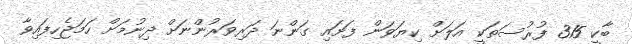
ބާކީ 315 ފުރުސަތަކީ އަލަށް ކިޔަވަން ފަށައި ގަންނަ ދަރިވަރުންނަށް ދިނުމަށް ހަމަޖެހިފައިވާ